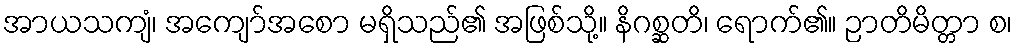
အာယသကျံ၊ အကျော်အစော မရှိသည်၏ အဖြစ်သို့။ နိဂစ္ဆတိ၊ ရောက်၏။ ဉာတိမိတ္တာ စ၊